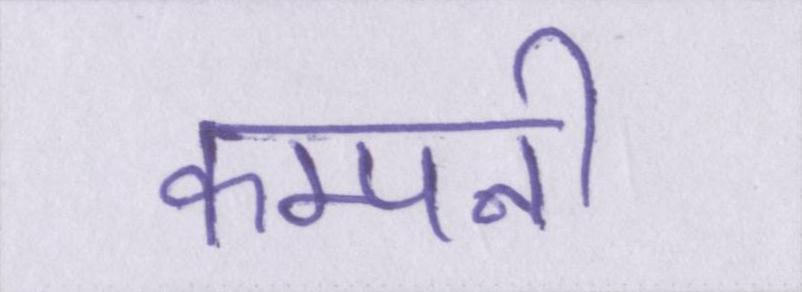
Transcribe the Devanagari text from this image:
कम्पनी